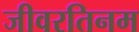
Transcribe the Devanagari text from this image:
जीवरतिनम